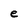
Character: e